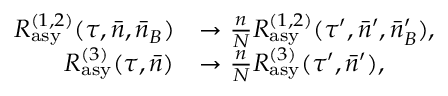
\begin{array} { r l } { R _ { \mathrm { a s y } } ^ { ( 1 , 2 ) } ( \tau , \bar { n } , \bar { n } _ { B } ) } & { \rightarrow \frac { n } { N } R _ { \mathrm { a s y } } ^ { ( 1 , 2 ) } ( \tau ^ { \prime } , \bar { n } ^ { \prime } , \bar { n } _ { B } ^ { \prime } ) , } \\ { R _ { \mathrm { a s y } } ^ { ( 3 ) } ( \tau , \bar { n } ) } & { \rightarrow \frac { n } { N } R _ { \mathrm { a s y } } ^ { ( 3 ) } ( \tau ^ { \prime } , \bar { n } ^ { \prime } ) , } \end{array}